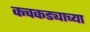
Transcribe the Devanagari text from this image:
कचकड्याच्या